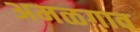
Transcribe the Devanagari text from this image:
अमळगाव